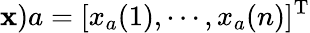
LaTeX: {\mathbf x})a=[x_{a}(1),\cdots,x_{a}(n)]^{\mathrm{T}}